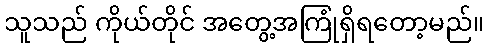
သူသည် ကိုယ်တိုင် အတွေ့အကြုံရှိရတော့မည်။